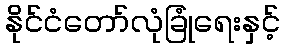
နိုင်ငံတော်လုံခြုံရေးနှင့်